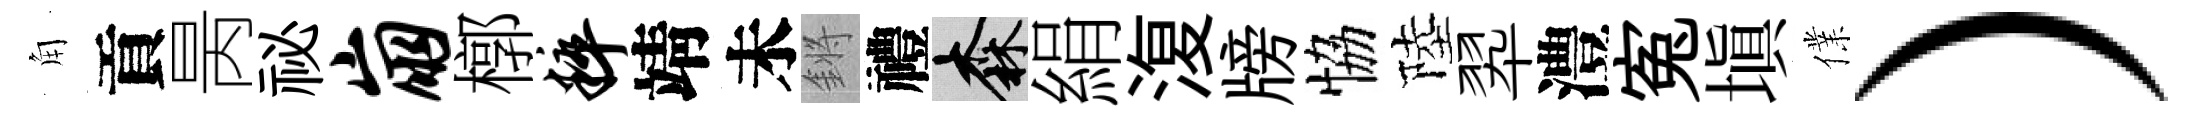
角貢昺祕崩槨粹靖未鏘禮森絹𣸪牓恊陸翆澧寃塡㒒）